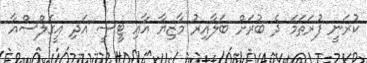
ކުރަނީ ފުރަތަމަ ދެ ބުރަށް ބަލާއިރު މާޒިޔާ އާއި ޓީސީ އަދި އީގަލްސްއާ